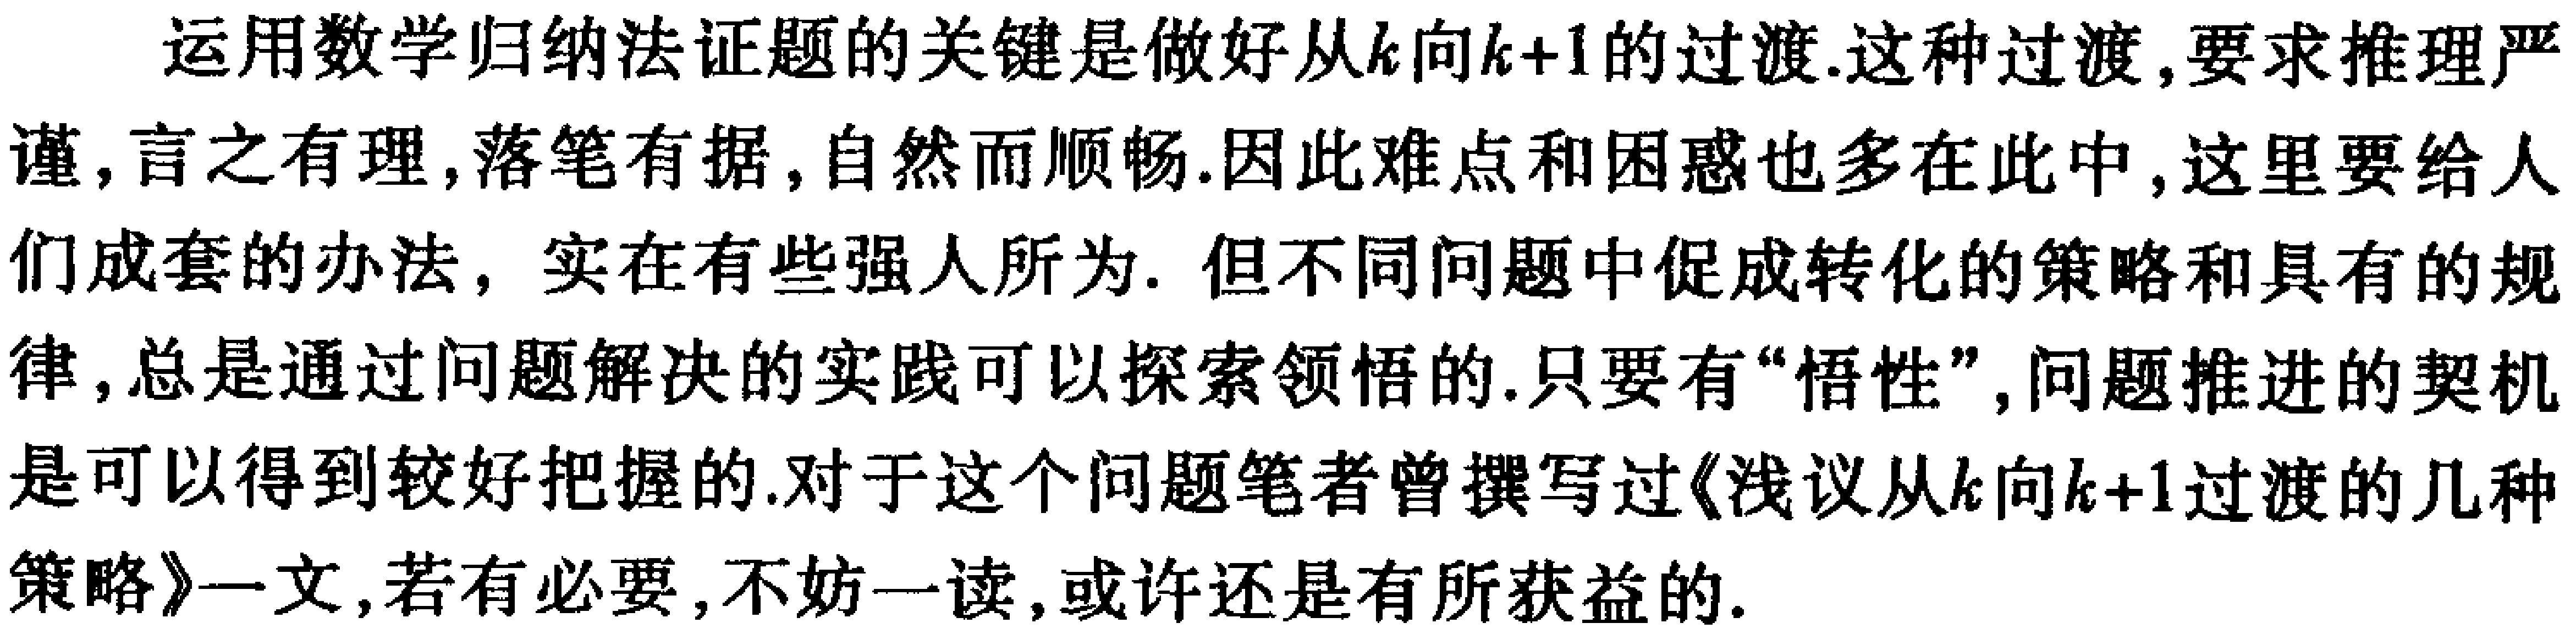
运用数学归纳法证题的关键是做好从\(k\)向\(k + 1\)的过渡.这种过渡,要求推理严谨,言之有理,落笔有据,自然而顺畅.因此难点和困惑也多在此中,这里要给人们成套的办法，实在有些强人所为. 但不同问题中促成转化的策略和具有的规律,总是通过问题解决的实践可以探索领悟的.只要有“悟性”,问题推进的契机是可以得到较好把握的.对于这个问题笔者曾撰写过《浅议从\(k\)向\(k + 1\)过渡的几种策略》一文,若有必要,不妨一读,或许还是有所获益的.